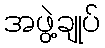
အဖွဲ့ချုပ်